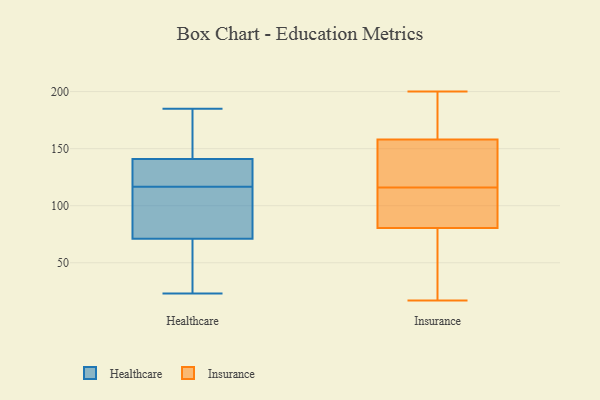
{"axis": {"x": "Tickets Resolved", "y": "Value"}, "legend": ["Healthcare", "Insurance"], "data": [{"x": "", "y": 119, "type": "Healthcare"}, {"x": "", "y": 66, "type": "Healthcare"}, {"x": "", "y": 75, "type": "Healthcare"}, {"x": "", "y": 42, "type": "Healthcare"}, {"x": "", "y": 23, "type": "Healthcare"}, {"x": "", "y": 185, "type": "Healthcare"}, {"x": "", "y": 138, "type": "Healthcare"}, {"x": "", "y": 163, "type": "Healthcare"}, {"x": "", "y": 114, "type": "Healthcare"}, {"x": "", "y": 156, "type": "Healthcare"}, {"x": "", "y": 128, "type": "Healthcare"}, {"x": "", "y": 141, "type": "Healthcare"}, {"x": "", "y": 71, "type": "Healthcare"}, {"x": "", "y": 90, "type": "Healthcare"}, {"x": "", "y": 75, "type": "Insurance"}, {"x": "", "y": 192, "type": "Insurance"}, {"x": "", "y": 120, "type": "Insurance"}, {"x": "", "y": 151, "type": "Insurance"}, {"x": "", "y": 200, "type": "Insurance"}, {"x": "", "y": 136, "type": "Insurance"}, {"x": "", "y": 43, "type": "Insurance"}, {"x": "", "y": 86, "type": "Insurance"}, {"x": "", "y": 106, "type": "Insurance"}, {"x": "", "y": 116, "type": "Insurance"}, {"x": "", "y": 116, "type": "Insurance"}, {"x": "", "y": 94, "type": "Insurance"}, {"x": "", "y": 165, "type": "Insurance"}, {"x": "", "y": 17, "type": "Insurance"}, {"x": "", "y": 39, "type": "Insurance"}, {"x": "", "y": 177, "type": "Insurance"}]}